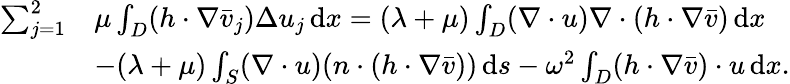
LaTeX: \begin{array}{rl}{\sum_{j=1}^{2}}&{\mu\int_{D}(h\cdot\nabla\bar{v}_{j})\Delta{u}_{j}\, \mathrm{d}x=(\lambda+\mu)\int_{D}(\nabla\cdot u)\nabla\cdot(h\cdot\nabla\bar{v})\, \mathrm{d}x}\\ &{-(\lambda+\mu)\int_{S}(\nabla\cdot u)(n\cdot(h\cdot\nabla\bar{v}))\, \mathrm{d}s-\omega^{2}\int_{D}(h\cdot\nabla\bar{v})\cdot u\, \mathrm{d}x.}\end{array}